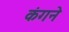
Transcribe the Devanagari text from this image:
कंगने